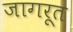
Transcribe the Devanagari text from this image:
जागरूत